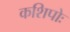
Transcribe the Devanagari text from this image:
कशिपोः